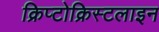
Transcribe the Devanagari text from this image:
क्रिप्टोक्रिस्टलाइन